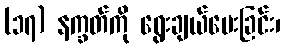
(၁၇) နက္ခတ်ကို ရွေးချယ်ပေးခြင်း၊